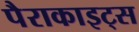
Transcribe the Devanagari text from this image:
पैराकाइट्स